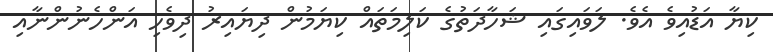
ކިޔާ އަޑުއިވެ އެވެ. ލަވައިގައި ޝަހާދަތުގެ ކަލިމަތައް ކިޔަމުން ދިޔައިރު ދިވެހި އަންހެނުންނާއި